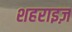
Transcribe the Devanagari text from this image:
शहराइज़